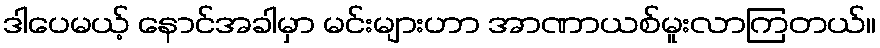
ဒါပေမယ့် နောင်အခါမှာ မင်းများဟာ အာဏာယစ်မူးလာကြတယ်။